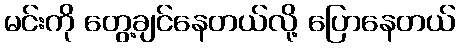
မင်းကို တွေ့ချင်နေတယ်လို့ ပြောနေတယ်